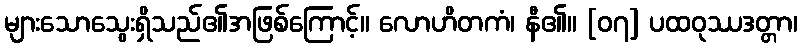
များသောသွေးရှိသည်၏အဖြစ်ကြောင့်။ လောဟိတကံ၊ နီ၏။ [၀၇] ပထဝုဿဒတ္တာ၊